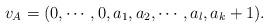
LaTeX: \begin{align*}v_A=(0,\cdots,0, a_1,a_2,\cdots, a_l, a_k+1).\end{align*}